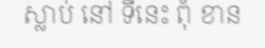
ស្លាប់ នៅ ទីនេះ ពុំ ខាន